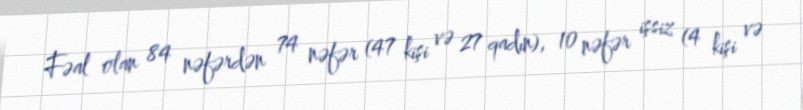
Fəal olan 84 nəfərdən 74 nəfər (47 kişi və 27 qadın), 10 nəfər işsiz (4 kişi və